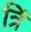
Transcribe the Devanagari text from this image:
त्रिं